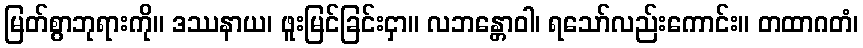
မြတ်စွာဘုရားကို။ ဒဿနာယ၊ ဖူးမြင်ခြင်းငှာ။ လဘန္တောဝါ၊ ရသော်လည်းကောင်း။ တထာဂတံ၊